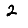
Digit: 2